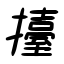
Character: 擡